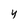
Character: 4